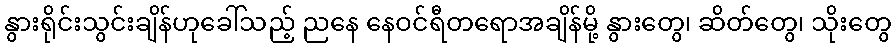
နွားရိုင်းသွင်းချိန်ဟုခေါ်သည့် ညနေ နေဝင်ရီတရောအချိန်မို့ နွားတွေ၊ ဆိတ်တွေ၊ သိုးတွေ